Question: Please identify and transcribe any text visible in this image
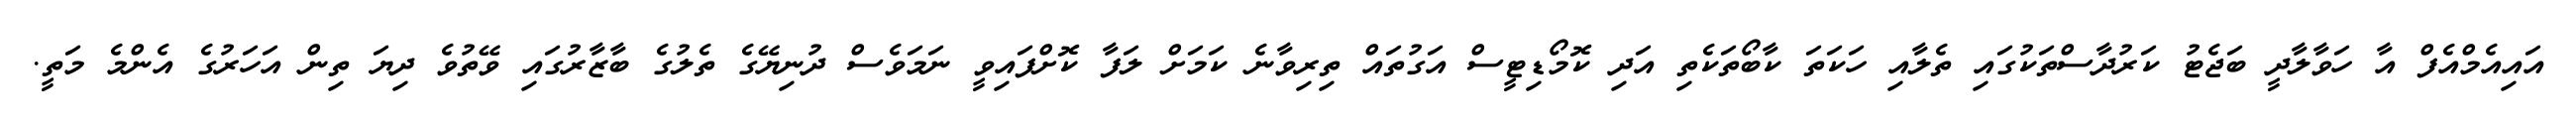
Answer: އައިއެމްއެފް އާ ހަވާލާދީ ބަޖެޓު ކަރުދާސްތަކުގައި ތެލާއި ހަކަތަ ކާބޯތަކެތި އަދި ކޮމޯޑިޓީސް އަގުތައް ތިރިވާނެ ކަމަށް ލަފާ ކޮށްފައިވީ ނަމަވެސް ދުނިޔޭގެ ތެލުގެ ބާޒާރުގައި ވޭތުވެ ދިޔަ ތިން އަހަރުގެ އެންމެ މަތީ.